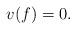
LaTeX: \begin{align*}v(f) = 0.\end{align*}